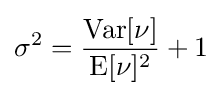
\sigma ^{2}={\frac {\mathrm {Var} [\nu ]}{\mathrm {E} [\nu ]^{2}}}+1